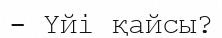
- Үйі қайсы?